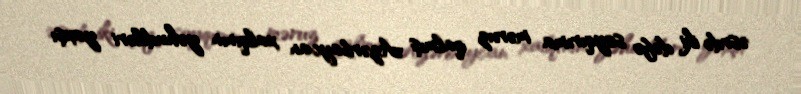
əsrdə iki dəfə soyqırıma məruz qalmış Azərbaycan xalqının yəhudiləri yaxşı